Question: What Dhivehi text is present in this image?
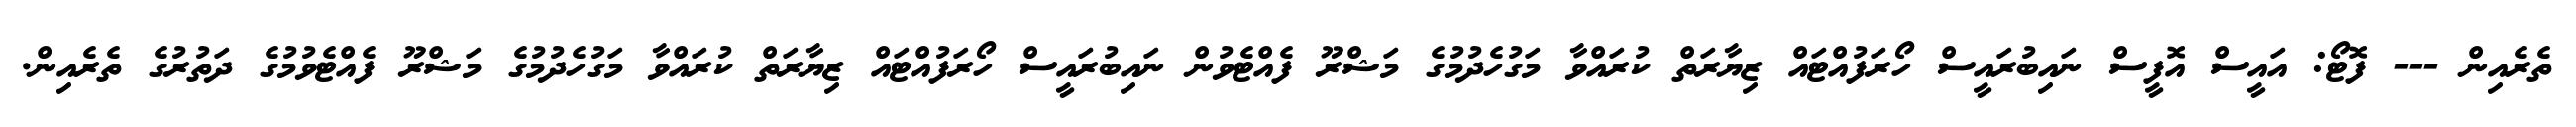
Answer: ތެރެއިން --- ފޮޓޯ: އައީސް އޮފީސް ނައިބުރައީސް ހޯރަފުއްޓައް ޒިޔާރަތް ކުރައްވާ މަގުހެދުމުގެ މަޝްރޫ ފެއްޓެވުން ނައިބުރައީސް ހޯރަފުއްޓައް ޒިޔާރަތް ކުރައްވާ މަގުހެދުމުގެ މަޝްރޫ ފެއްޓެވުމުގެ ދަތުރުގެ ތެރެއިން.